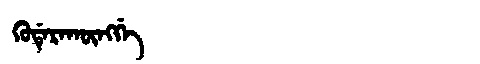
Manchu: ᡴᡠᡩᡝᡵᠠᡴᡡᠩᡤᡝ
Romanization: KUDERAKŪNGGE